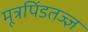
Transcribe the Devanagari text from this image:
मूत्रपिंडतज्‍ज्ञ